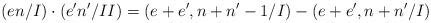
LaTeX: \begin{align*}(en/I)\cdot(e'n'/II)=(e+e',n+n'-1/I)-(e+e',n+n'/I)\end{align*}